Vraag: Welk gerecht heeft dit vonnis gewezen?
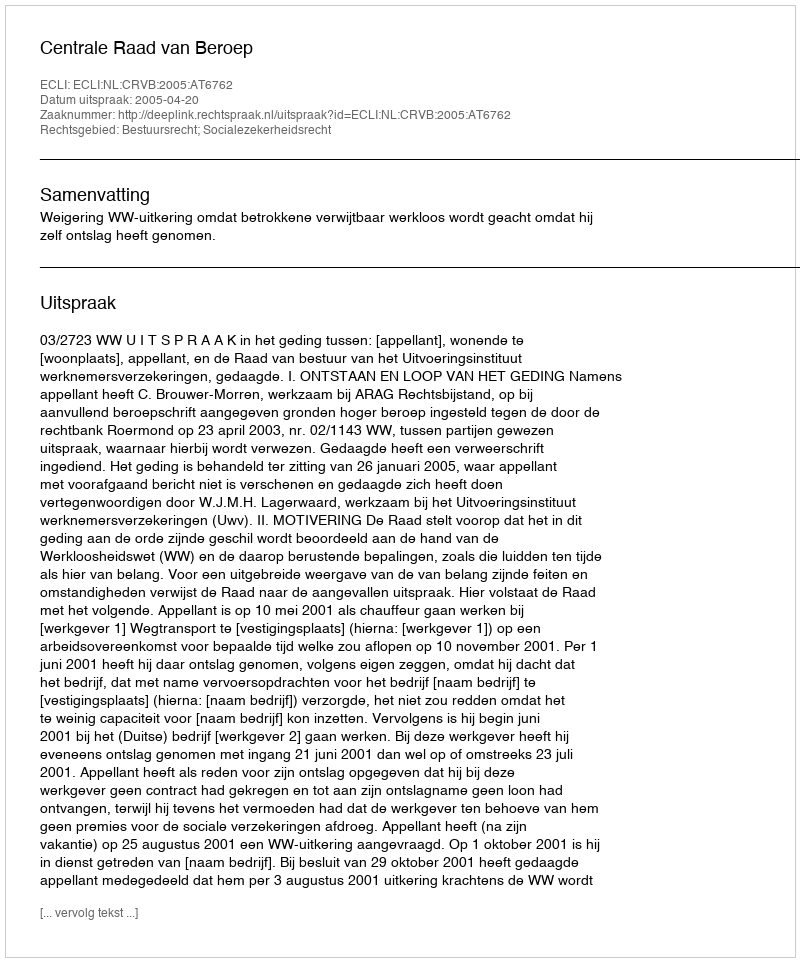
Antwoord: Centrale Raad van Beroep